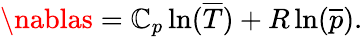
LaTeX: \nablas=\mathbb{C}_{p}\ln({\overline{{{T}}}})+R\ln({\overline{{{p}}}}).